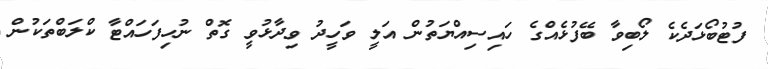
ފުޓުބޯޅަދެކެ ލޯބިވާ ބޭފުޅެއްގެ ހައިސިއްޔަތުން އަލީ ވަހީދު ވިދާޅުވީ ގޮތް ނުހިފަހައްޓާ ކްލަބްތަކުން